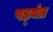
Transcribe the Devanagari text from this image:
षड़्यंत्र